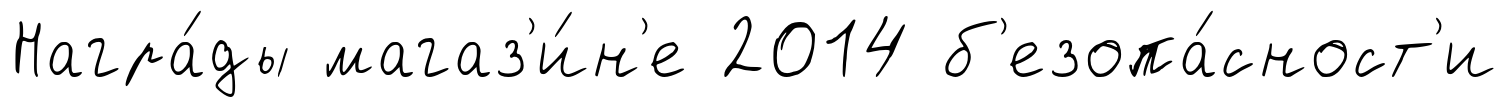
Награ́ды магаз'и́н'е 2014 б'езопа́сност'и